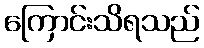
ကြောင်းသိရသည်